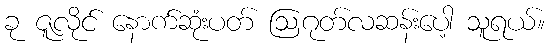
ခု ဇူလိုင် နောက်ဆုံးပတ် ဩဂုတ်လဆန်းပေါ့ သူရယ်။